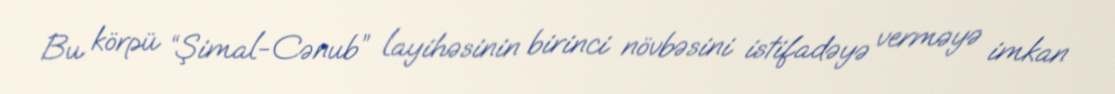
Bu körpü “Şimal-Cənub” layihəsinin birinci növbəsini istifadəyə verməyə imkan